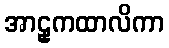
အာဠှကထာလိကာ